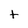
Character: t